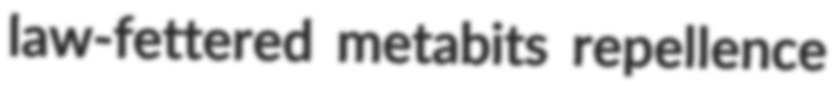
law-fettered metabits repellence